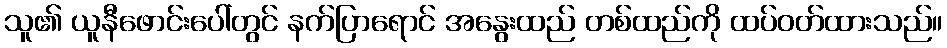
သူ၏ ယူနီဖောင်းပေါ်တွင် နက်ပြာရောင် အနွေးထည် တစ်ထည်ကို ထပ်ဝတ်ထားသည်။